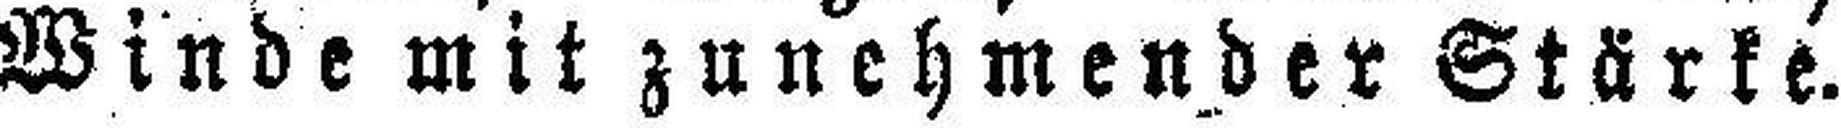
Winde mit zunehmender Stärke.